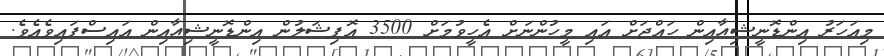
މިއަހަރު އިންޑޮނީޝިއާއިން ހައްޖަށް އައި މީހުންނަށް އެހީވުމަށް 3500 އޮފިޝަލުން އިންޑޮނީޝިއާއިން އައިސްފައިވެއެވެ.